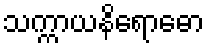
သက္ကာယနိရောဓော